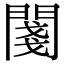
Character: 𨵊